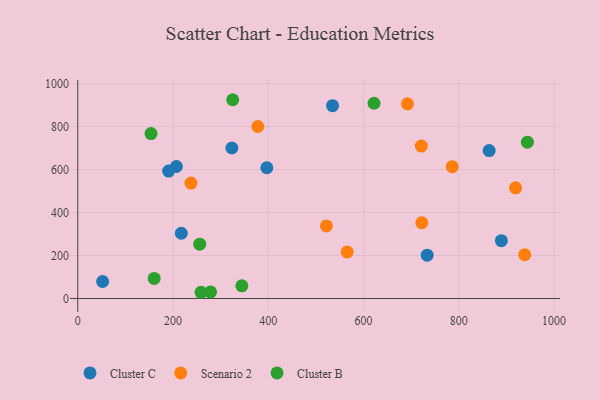
{"axis": {"x": "Experience", "y": "Exam Score"}, "legend": ["Cluster B", "Cluster C", "Scenario 2"], "data": [{"x": "534.9", "y": 897.1, "type": "Cluster C"}, {"x": "733.5", "y": 201.3, "type": "Cluster C"}, {"x": "396.9", "y": 608.4, "type": "Cluster C"}, {"x": "217.4", "y": 303.5, "type": "Cluster C"}, {"x": "863.7", "y": 688.3, "type": "Cluster C"}, {"x": "889.3", "y": 269.0, "type": "Cluster C"}, {"x": "52.2", "y": 79.1, "type": "Cluster C"}, {"x": "207.0", "y": 614.1, "type": "Cluster C"}, {"x": "323.5", "y": 700.1, "type": "Cluster C"}, {"x": "190.8", "y": 593.0, "type": "Cluster C"}, {"x": "378.0", "y": 800.3, "type": "Scenario 2"}, {"x": "721.3", "y": 709.1, "type": "Scenario 2"}, {"x": "786.2", "y": 613.1, "type": "Scenario 2"}, {"x": "692.2", "y": 905.9, "type": "Scenario 2"}, {"x": "938.2", "y": 203.6, "type": "Scenario 2"}, {"x": "722.2", "y": 352.5, "type": "Scenario 2"}, {"x": "919.1", "y": 515.1, "type": "Scenario 2"}, {"x": "522.0", "y": 337.4, "type": "Scenario 2"}, {"x": "237.6", "y": 536.8, "type": "Scenario 2"}, {"x": "565.6", "y": 216.7, "type": "Scenario 2"}, {"x": "258.8", "y": 28.9, "type": "Cluster B"}, {"x": "943.9", "y": 727.2, "type": "Cluster B"}, {"x": "160.4", "y": 93.4, "type": "Cluster B"}, {"x": "278.8", "y": 30.3, "type": "Cluster B"}, {"x": "153.8", "y": 767.2, "type": "Cluster B"}, {"x": "325.3", "y": 924.8, "type": "Cluster B"}, {"x": "256.0", "y": 252.7, "type": "Cluster B"}, {"x": "622.0", "y": 908.3, "type": "Cluster B"}, {"x": "344.5", "y": 58.8, "type": "Cluster B"}]}